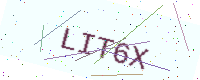
Text: LIT6X